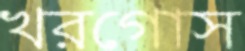
খরগোস